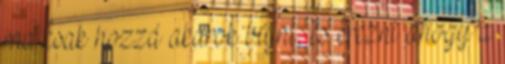
ma csak hozzá akarok bújni, és érezni ahogy a